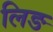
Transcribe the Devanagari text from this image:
लिङ